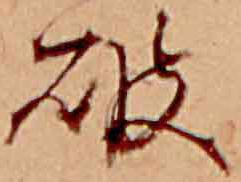
破